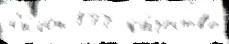
с'и́лой 173  ка́честв'е